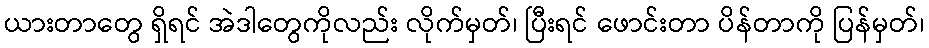
ယားတာတွေ ရှိရင် အဲဒါတွေကိုလည်း လိုက်မှတ်၊ ပြီးရင် ဖောင်းတာ ပိန်တာကို ပြန်မှတ်၊